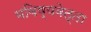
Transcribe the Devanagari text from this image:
भविष्यवेत्ता